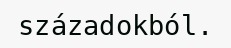
századokból.